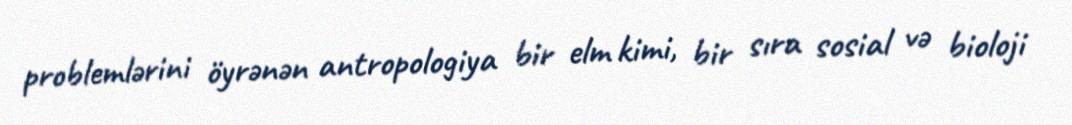
problemlərini öyrənən antropologiya bir elm kimi, bir sıra sosial və bioloji